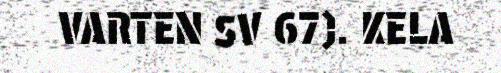
VARTEN SV 67). KELA